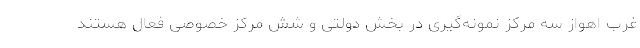
غرب اهواز سه مرکز نمونه‌گیری در بخش دولتی و شش مرکز خصوصی فعال هستند